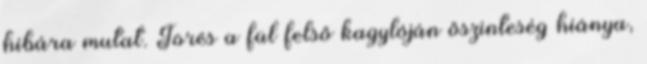
hibára mutat. Törés a fül felső kagylóján őszinteség hiánya,